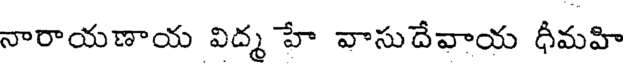
నారాయణాయ విద్మ హే వాసుదేవాయ ధీమహి